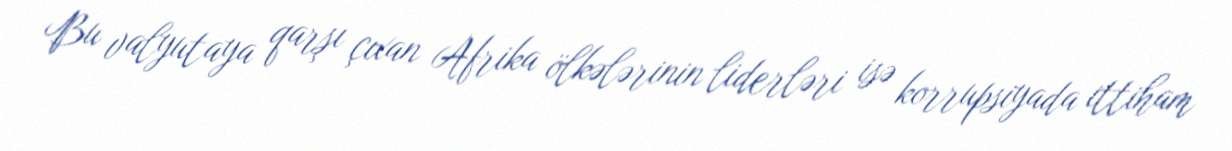
Bu valyutaya qarşı çıxan Afrika ölkələrinin liderləri isə korrupsiyada ittiham